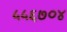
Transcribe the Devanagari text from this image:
५५६७०४